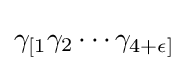
\gamma _{[1}\gamma _{2}\cdots \gamma _{4+\epsilon ]}